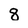
Character: 8